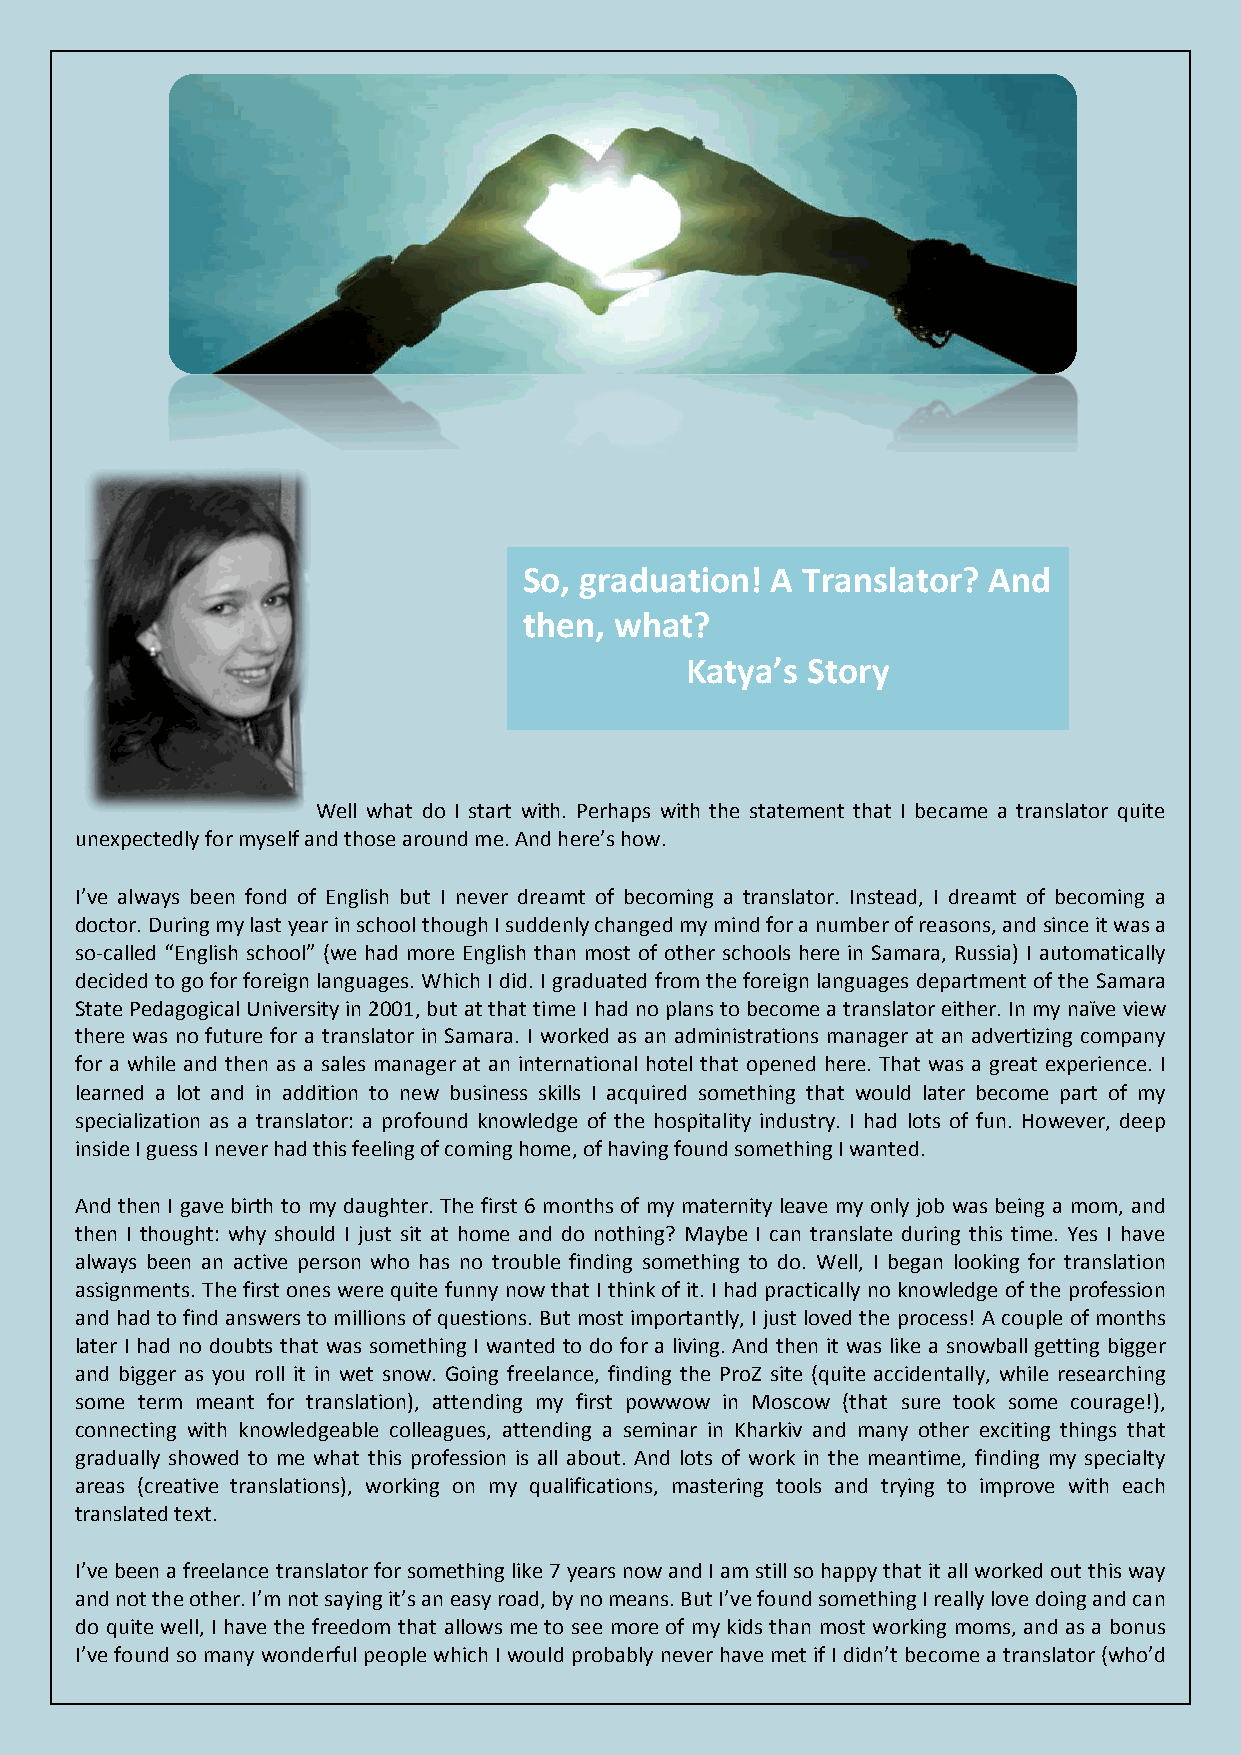
So, graduation! A Translator? And
 then, what?
 Katya’s Story
 Well what do I start with. Perhaps with the statement that I became a translator quite
 unexpectedly for myself and those around me. And here’s how.
 I’ve always been fond of English but I never dreamt of becoming a translator. Instead, I dreamt of becoming a
 doctor. During my last year in school though I suddenly changed my mind for a number of reasons, and since it was a
 so-called “English school” (we had more English than most of other schools here in Samara, Russia) I automatically
 decided to go for foreign languages. Which I did. I graduated from the foreign languages department of the Samara
 State Pedagogical University in 2001, but at that time I had no plans to become a translator either. In my naïve view
 there was no future for a translator in Samara. I worked as an administrations manager at an advertizing company
 for a while and then as a sales manager at an international hotel that opened here. That was a great experience. I
 learned a lot and in addition to new business skills I acquired something that would later become part of my
 specialization as a translator: a profound knowledge of the hospitality industry. I had lots of fun. However, deep
 inside I guess I never had this feeling of coming home, of having found something I wanted.
 And then I gave birth to my daughter. The first 6 months of my maternity leave my only job was being a mom, and
 then I thought: why should I just sit at home and do nothing? Maybe I can translate during this time. Yes I have
 always been an active person who has no trouble finding something to do. Well, I began looking for translation
 assignments. The first ones were quite funny now that I think of it. I had practically no knowledge of the profession
 and had to find answers to millions of questions. But most importantly, I just loved the process! A couple of months
 later I had no doubts that was something I wanted to do for a living. And then it was like a snowball getting bigger
 and bigger as you roll it in wet snow. Going freelance, finding the ProZ site (quite accidentally, while researching
 some term meant for translation), attending my first powwow in Moscow (that sure took some courage!),
 connecting with knowledgeable colleagues, attending a seminar in Kharkiv and many other exciting things that
 gradually showed to me what this profession is all about. And lots of work in the meantime, finding my specialty
 areas (creative translations), working on my qualifications, mastering tools and trying to improve with each
 translated text.
 I’ve been a freelance translator for something like 7 years now and I am still so happy that it all worked out this way
 and not the other. I’m not saying it’s an easy road, by no means. But I’ve found something I really love doing and can
 do quite well, I have the freedom that allows me to see more of my kids than most working moms, and as a bonus
 I’ve found so many wonderful people which I would probably never have met if I didn’t become a translator (who’d